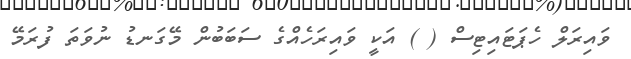
ވައިރަލް ހެޕަޓައިޓިސް ( ) އަކީ ވައިރަހެއްގެ ސަބަބުން މޭގަނޑު ނުވަތަ ފުރަމޭ